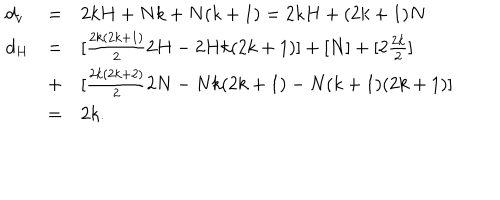
LaTeX: \begin{array} { l l l } { { d _ { v } } } & { { = } } & { { 2 k H + N k + N ( k + 1 ) = 2 k H + ( 2 k + 1 ) N } } \\ { { d _ { H } } } & { { = } } & { { [ \frac { 2 k ( 2 k + 1 ) } { 2 } 2 H - 2 H k ( 2 k + 1 ) ] + [ N ] + [ 2 \frac { 2 k } { 2 } ] } } \\ { { } } & { { + } } & { { [ \frac { 2 k ( 2 k + 2 ) } { 2 } 2 N - N k ( 2 k + 1 ) - N ( k + 1 ) ( 2 k + 1 ) ] } } \\ { { } } & { { = } } & { { 2 k . } } \\ \end{array}